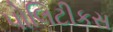
પોલિટીકસ